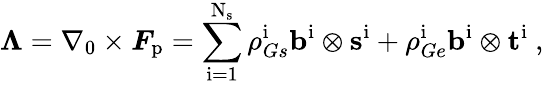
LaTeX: \boldsymbol{\Lambda}=\nabla_{0}\times\boldsymbol{F}_{\mathrm{p}}=\sum_{\mathrm{i}=1}^{\mathrm{N}_{\mathrm{s}}}\rho_{Gs}^{\mathrm{i}}\mathbf{b}^{\mathrm{i}}\otimes\mathbf{s}^{\mathrm{i}}+\rho_{Ge}^{\mathrm{i}}\mathbf{b}^{\mathrm{i}}\otimes\mathbf{t}^{\mathrm{i}}\mathrm{~,~}